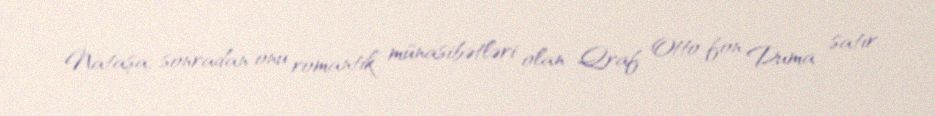
Nataşa, sonradan onu romantik münasibətləri olan Qraf Otto fon Duma satır.